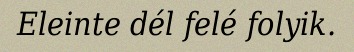
Eleinte dél felé folyik.